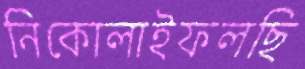
নিকোলাইফলছি